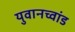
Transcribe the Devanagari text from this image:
युवानच्वांड